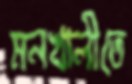
মনখালীতে